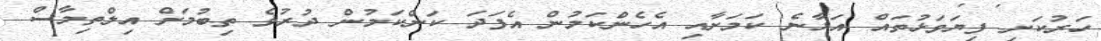
ހަރުކަށި ފިޔަވަޅުތައް އަޅާނެ ކަމަށާއި އެހެންކަމުން އެފަދަ ކަންކަމުން ދުރުވެ ތިބުމަށް އިލްތިމާސް